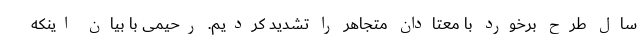
سال طرح برخورد با معتادان متجاهر را تشدید کردیم. رحیمی با بیان اینکه